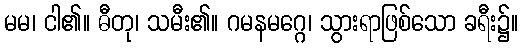
မမ၊ ငါ၏။ ဓီတု၊ သမီး၏။ ဂမနမဂ္ဂေ၊ သွားရာဖြစ်သော ခရီး၌။